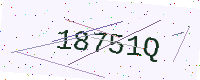
Text: 18751Q